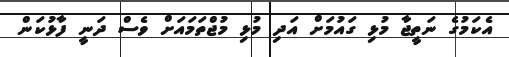
އެކަމުގެ ނަތީޖާ މުޅި ގައުމަށް އަދި މުޅި މުޖްތަމައަށް ވެސް ދަނީ ފާޅުކަން